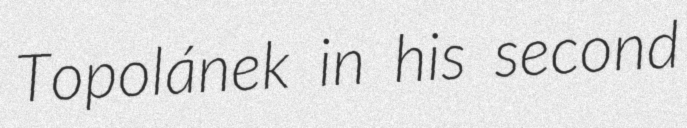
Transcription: Topolánek in his second